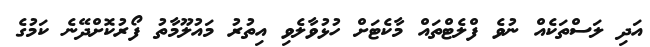
އަދި ލަސްތަކެއް ނުވެ ފްލެޓްތައް މާކެޓަށް ހުޅުވާލެވި އިތުރު މައުލޫމާތު ފޯރުކޮށްދޭނެ ކަމުގެ